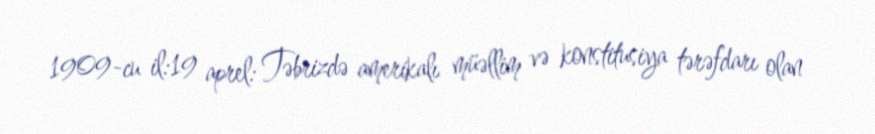
1909-cu il:19 aprel: Təbrizdə amerikalı müəllim və konstitusiya tərəfdarı olan